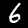
Digit: 6